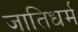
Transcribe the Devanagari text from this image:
जातिधर्म